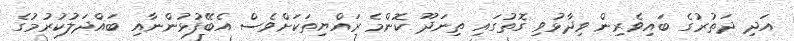
އަދި ދަތުރުގެ ބައިވެރިން ވިދާޅުވި ގޮތުގައި ތިނަދޫ ކޮންމެ ރައްޔިތަކަށްވެސް އެބޭފުޅުންނާއި ބައްދަލުކުރުމުގެ